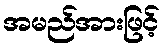
အမည်အားဖြင့်